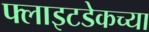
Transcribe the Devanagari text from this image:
फ्लाइटडेकच्या